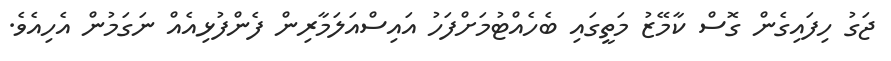
ޖަގު ހިފައިގެން ގޮސް ކާމޭޒު މަތީގައި ބެހެއްޓުމަށްފަހު އައިސްއަލަމާރިން ފެންފުޅިއެއް ނަގަމުން އެހިއެވެ.